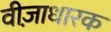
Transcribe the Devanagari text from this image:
वीज़ाधारक